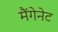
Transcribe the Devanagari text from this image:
मैंगेनेट